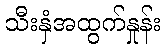
သီးနှံအထွက်နှုန်း